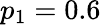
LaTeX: p_{1}=0.6